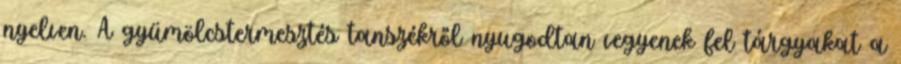
nyelven. A gyümölcstermesztés tanszékről nyugodtan vegyenek fel tárgyakat a